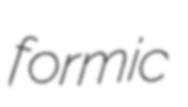
formic